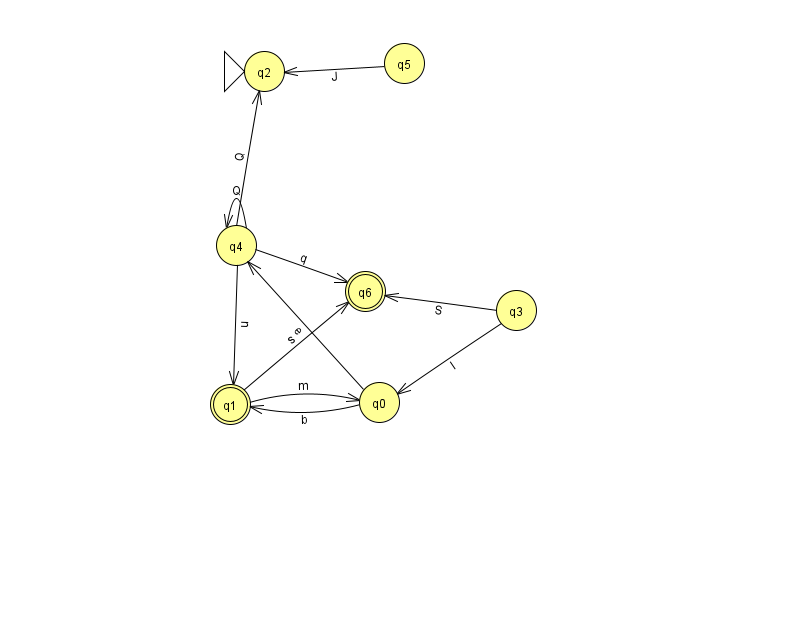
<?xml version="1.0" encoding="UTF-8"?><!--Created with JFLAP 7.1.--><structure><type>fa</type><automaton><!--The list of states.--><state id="0" name="q0"><x>379.0</x><y>389.0</y></state><state id="1" name="q1"><x>230.0</x><y>391.0</y><final/></state><state id="2" name="q2"><x>264.0</x><y>58.0</y><initial/></state><state id="3" name="q3"><x>516.0</x><y>297.0</y></state><state id="4" name="q4"><x>236.0</x><y>232.0</y></state><state id="5" name="q5"><x>404.0</x><y>50.0</y></state><state id="6" name="q6"><x>365.0</x><y>278.0</y><final/></state><!--The list of transitions.--><transition><from>0</from><to>1</to><read>b</read></transition><transition><from>4</from><to>4</to><read>Q</read></transition><transition><from>4</from><to>1</to><read>u</read></transition><transition><from>0</from><to>4</to><read>e</read></transition><transition><from>1</from><to>6</to><read>s</read></transition><transition><from>4</from><to>6</to><read>q</read></transition><transition><from>4</from><to>2</to><read>Q</read></transition><transition><from>3</from><to>0</to><read>I</read></transition><transition><from>1</from><to>0</to><read>m</read></transition><transition><from>5</from><to>2</to><read>J</read></transition><transition><from>3</from><to>6</to><read>S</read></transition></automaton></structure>